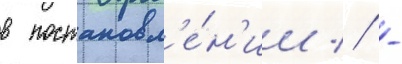
в постановл'е́н'ии // -